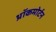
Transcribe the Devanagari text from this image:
थ्रॉकमोर्टन